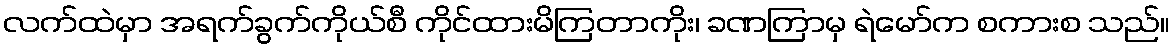
လက်ထဲမှာ အရက်ခွက်ကိုယ်စီ ကိုင်ထားမိကြတာကိုး၊ ခဏကြာမှ ရဲမော်က စကားစ သည်။